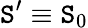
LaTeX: \mathtt{S}^{\prime}\equiv\mathtt{S}_{0}